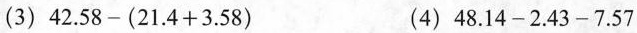
(3) $$4 2 . 5 8 - ( 2 1 . 4 + 3 . 5 8 )$$ (4) $$4 8 . 1 4 - 2 . 4 3 - 7 . 5 7$$